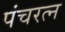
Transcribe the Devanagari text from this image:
पंचरत्‍न